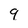
Character: 9